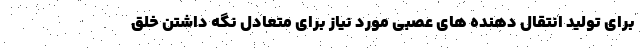
برای تولید انتقال دهنده های عصبی مورد نیاز برای متعادل نگه داشتن خلق